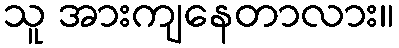
သူ အားကျနေတာလား။